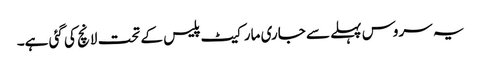
یہ سروس پہلے سے جاری مارکیٹ پلیس کے تحت لانچ کی گئی ہے۔